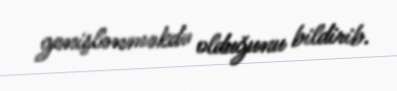
genişlənməkdə olduğunu bildirib.